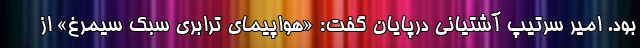
بود. امیر سرتیپ آشتیانی درپایان گفت: «هواپیمای ترابری سبک سیمرغ» از